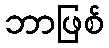
ဘာဖြစ်